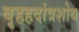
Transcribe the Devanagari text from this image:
बृहहदांत्रशोथ